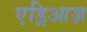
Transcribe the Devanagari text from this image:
एड्रिआज़